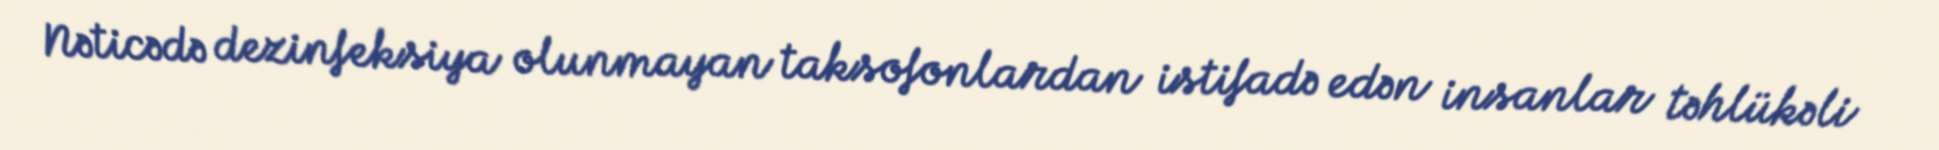
Nəticədə dezinfeksiya olunmayan taksofonlardan istifadə edən insanlar təhlükəli